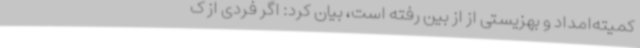
کمیته‌امداد و بهزیستی از از بین رفته است، بیان کرد: اگر فردی از ک